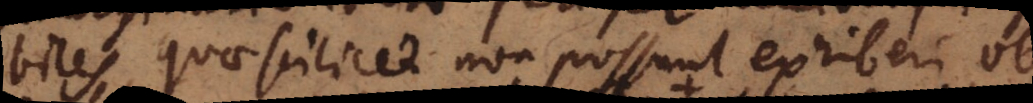
biles, quae scilicet non possunt exhiberi ob